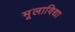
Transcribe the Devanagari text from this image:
मूलाविद्या